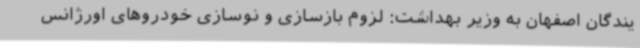
یندگان اصفهان به وزیر بهداشت: لزوم بازسازی و نوسازی خودروهای اورژانس